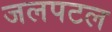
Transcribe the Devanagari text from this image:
जलपटल